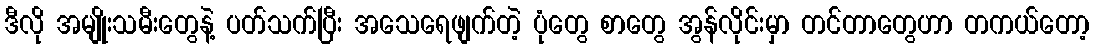
ဒီလို အမျိုးသမီးတွေနဲ့ ပတ်သက်ပြီး အသေရေဖျက်တဲ့ ပုံတွေ စာတွေ အွန်လိုင်းမှာ တင်တာတွေဟာ တကယ်တော့